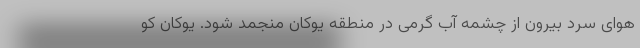
هوای سرد بیرون از چشمه آب گرمی در منطقه یوکان منجمد شود. یوکان کو